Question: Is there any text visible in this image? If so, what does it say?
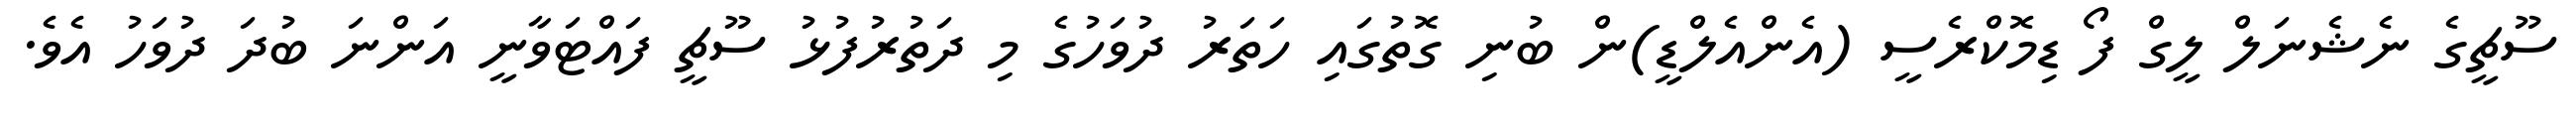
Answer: ސޫޗީގެ ނެޝެނަލް ލީގް ފޯ ޑިމޮކްރެސީ (އެންއެލްޑީ)ން ބުނި ގޮތުގައި ހަތަރު ދުވަހުގެ މި ދަތުރުފުޅު ސޫޗީ ފައްޓަވާނީ އަންނަ ބުދަ ދުވަހު އެވެ.